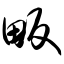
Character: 畈